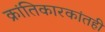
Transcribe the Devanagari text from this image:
क्रांतिकारकांतही